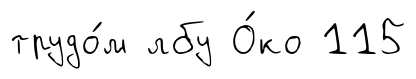
трудо́м лбу О́ко 115